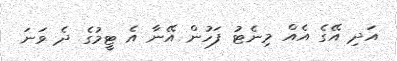
އަދި އޭގެ އެއް މިނެޓު ފަހުން އޭނާ އެ ޓީމުގެ ދެ ވަނަ